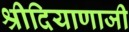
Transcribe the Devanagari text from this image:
श्रीदियाणाजी